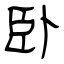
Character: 卧